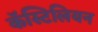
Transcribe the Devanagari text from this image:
कॅस्टिलियन